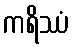
ကရိဿံ